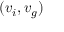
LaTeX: ( v _ { i } , v _ { g } )